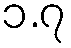
၁.၇